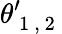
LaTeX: \theta_{\mathrm{~1~,~2~}}^{\prime}